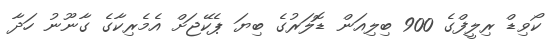
ކޯވިޑް ރިލީފްގެ 900 ބިލިއަން ޑޮލަރުގެ ބިޔަ ޕެކޭޖަށް އެމެރިކާގެ ގާނޫނު ހަދާ